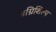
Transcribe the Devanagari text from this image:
अग्निशिल्प